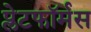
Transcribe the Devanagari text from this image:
प्लेटफॉर्मस